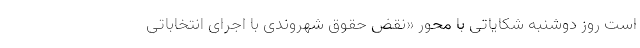
است روز دوشنبه شکایاتی با محور «نقض حقوق شهروندی با اجرای انتخاباتی